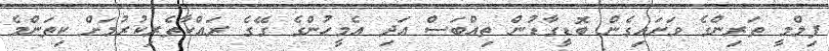
ފިލްމީ ތަރިންގެ ވަށައިގެން ބޮޑީގާޑުން ތިއްބަސް އަދި އެމީހުންގެ ގޭގެ ރައްކާތެރިކުރުމަށް ކިތަންމެ